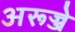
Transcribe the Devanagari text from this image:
अरूज्जे